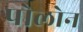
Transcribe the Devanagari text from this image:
पोलोन